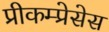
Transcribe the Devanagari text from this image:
प्रीकम्प्रेसेस